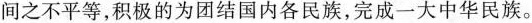
间之不平等，积极的为团结国内各民族，完成一大中华民族。